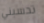
تحسبني